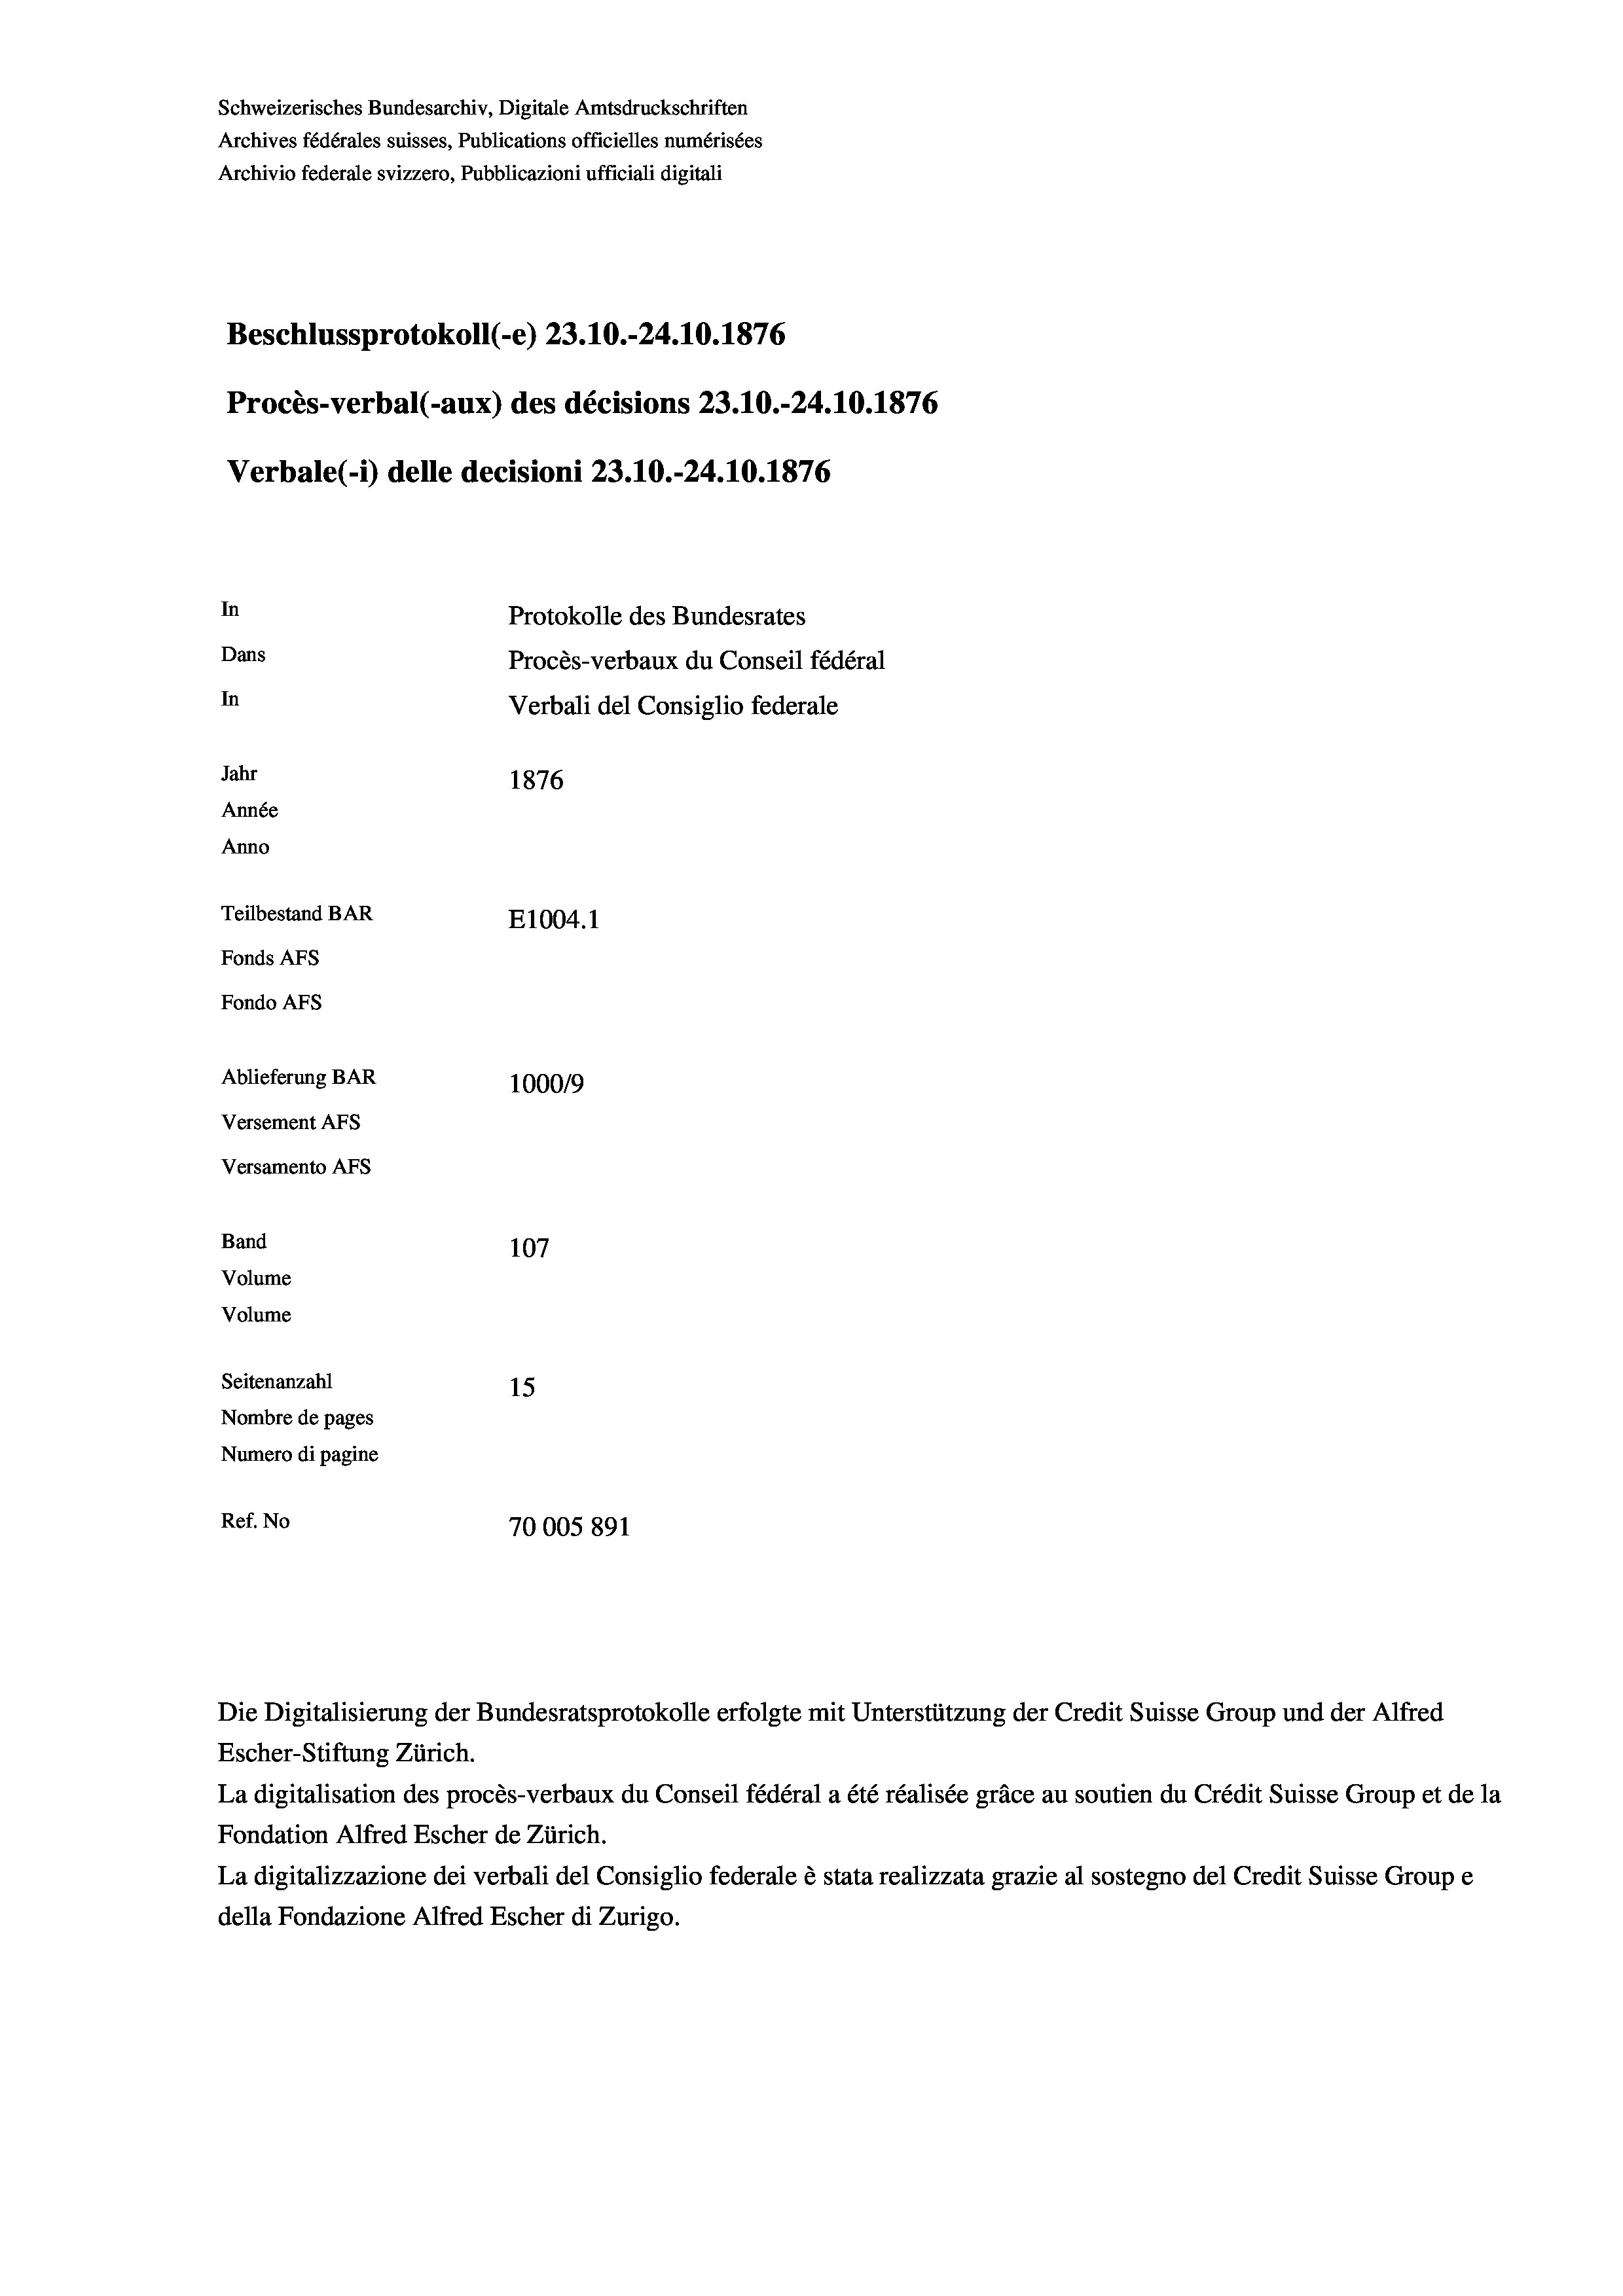
Schweizerisches Bundesarchiv, Digitale Amtsdruckschriften
Archives fédérales suisses, Publications officielles numérisées
Archivio federale svizzero, Pubblicazioni ufficiali digitali
Beschlussprotokoll (-e) 23.10.-24.10.1876
Procès-verbal (-aux) des décisions 23.10.-24.10.1876
In
Protokolle des Bundesrates
Dans
Procès-verbaux du Conseil fédéral
In
Verbali del Consiglio federale
Jahr
1876
Année
Anno
Teilbestand BAR
E1004. 1
Fonds AFs
Fondo AFS
Ablieferung BAR
100019
Versement AFs
Versamento AFs

Band
Volume
Volume

Verbale(-*) delle decisioni 23.10.-24.10.1876

107
Seitenanzahl
15
Nombre de pages
Numero di pagine
Ref. No
70005891

Escher-Stiftung Zürich.
La digitalisation des procès-verbaux du Conseil fédéral a été réalisée gräce au soutien du Crédit Suisse Group et de la
Fondation Alfred Escher de Zürich.
La digitalizzazione dei verbali del Consiglio federale è stata realizzata grazie al sostegno del Credit Suisse Groupe
della Fondazione Alfred Escher di Zurigo.

Die Digitalisierung der Bundesratsprotokolle erfolgte mit Unterstützung der Credit Suisse Group und der Alfred